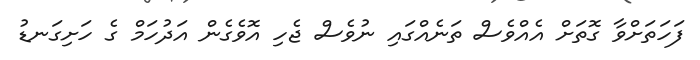
ފަހަތަށްވާ ގޮތަށް އެއްވެސް ތަނެއްގައި ނުވެސް ޖެހި އޮވެގެން އަދުހަމް ގެ ހަށިގަނޑު